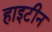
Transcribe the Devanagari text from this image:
हाइटीन